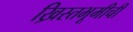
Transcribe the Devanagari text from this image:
ख्रिस्तभूमीची